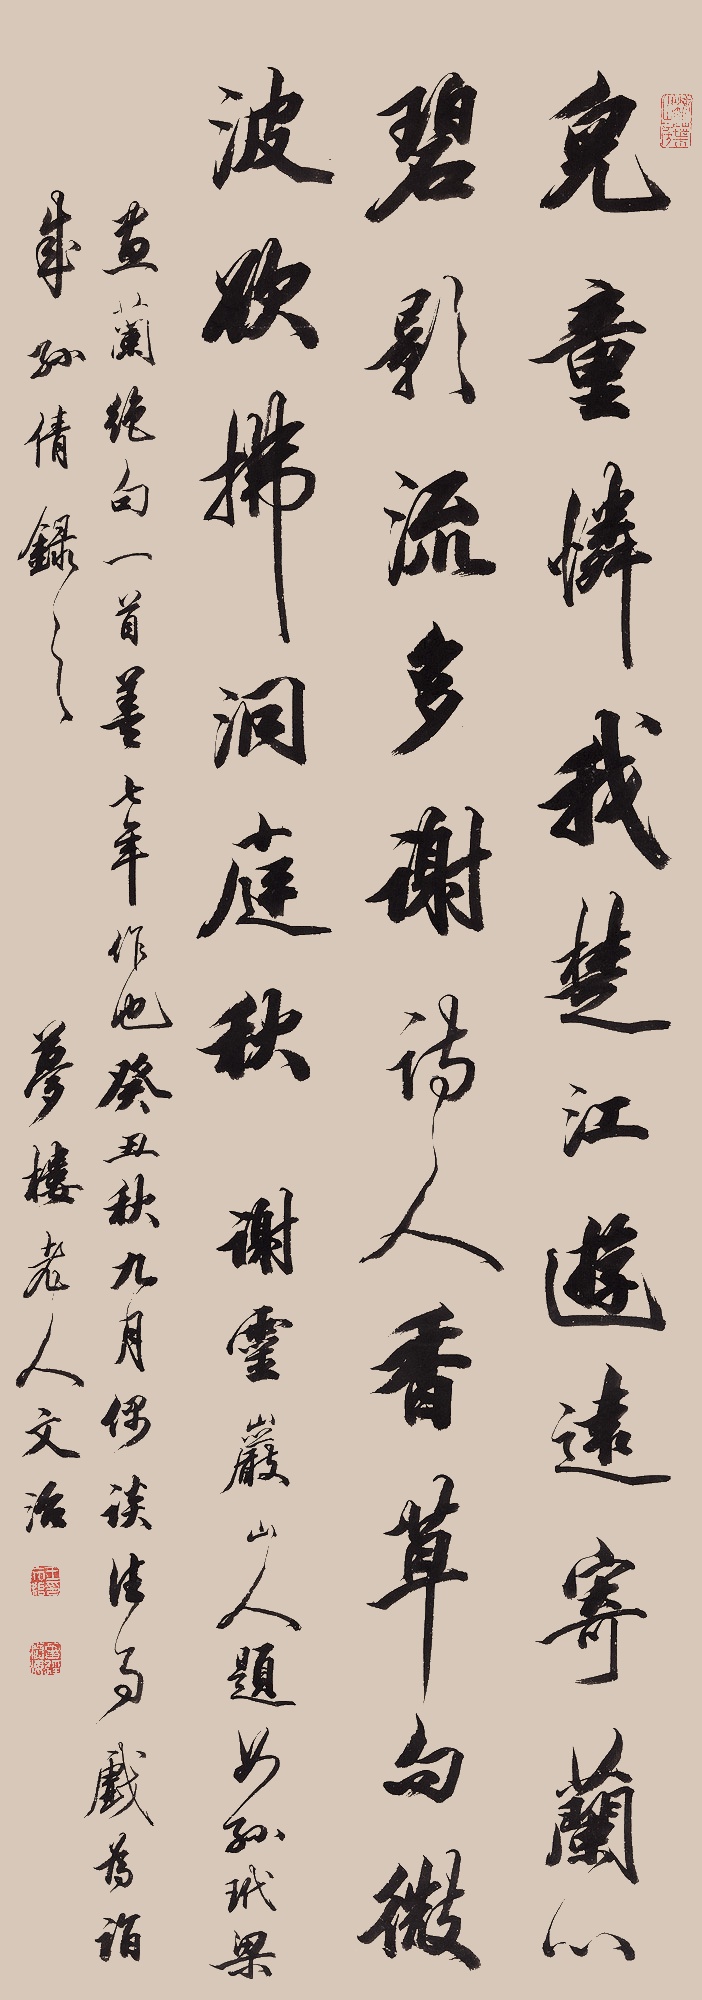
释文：儿童怜我楚江游，远寄兰心碧影流。多谢诗人香草句，微波欲拂洞庭秋。谢灵岩山人题女孙玳梁画兰绝句一首，盖七年作也。癸丑秋九月偶谈往事，戏为诣成孙倩录之。梦楼老人文治。